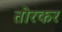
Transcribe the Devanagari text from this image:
तोरकर